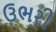
ઉભરી